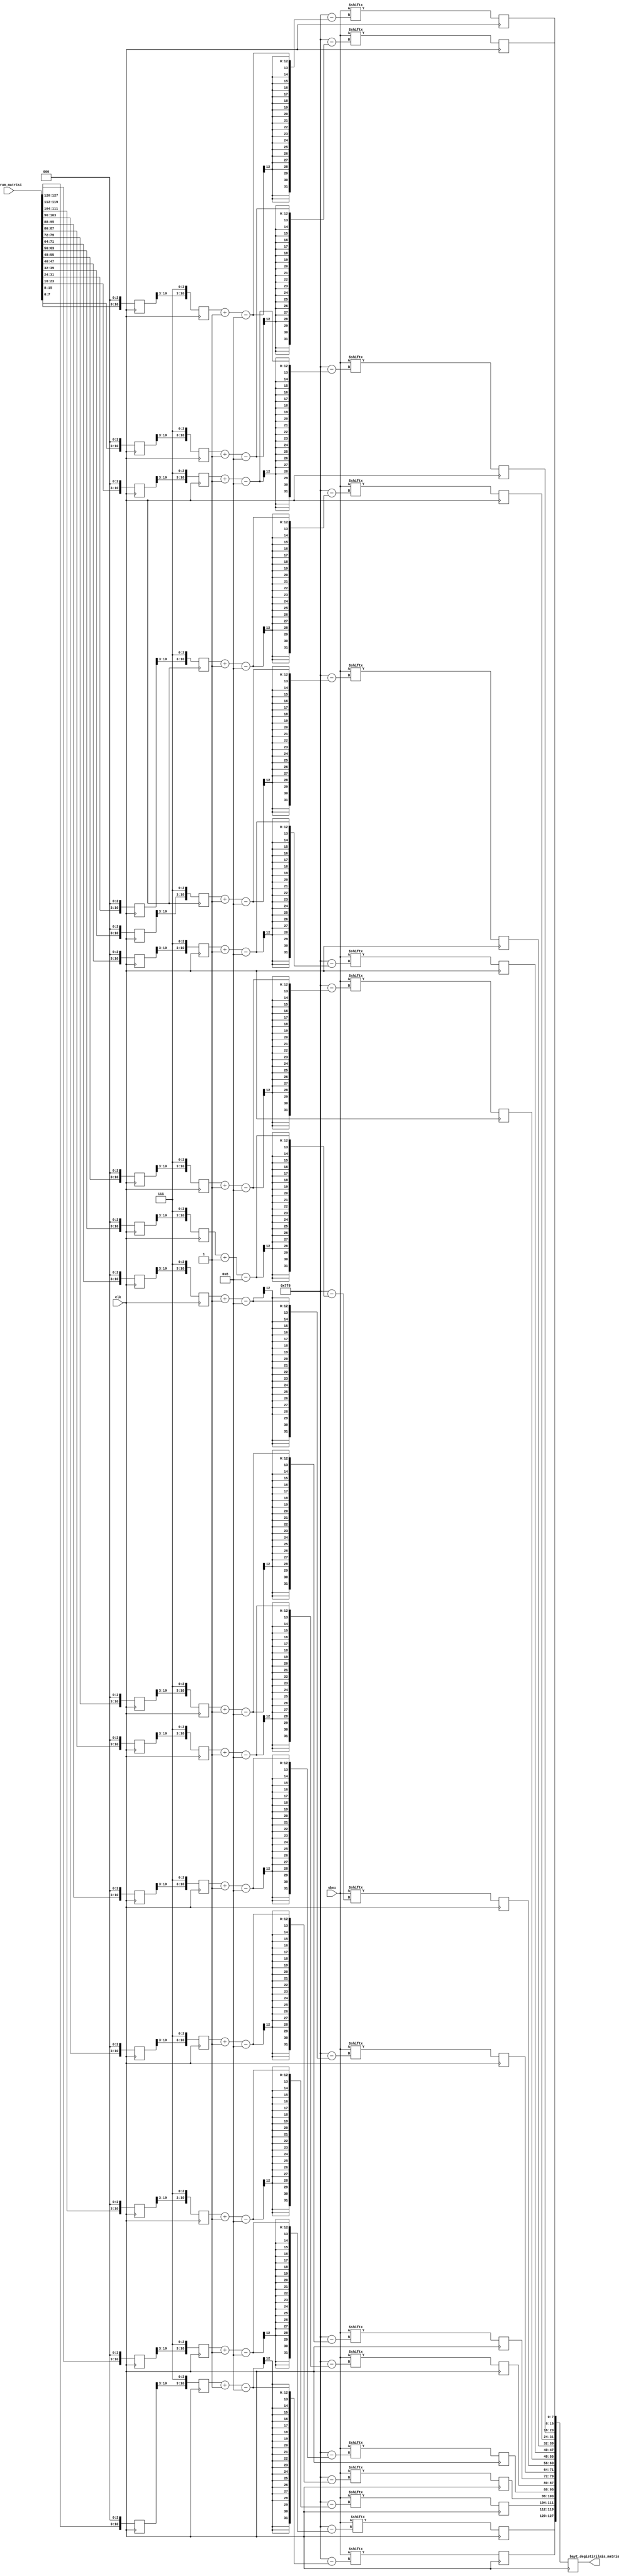
`timescale 1ns / 1ps

module bayt_degistirme(
    
    input clk,
    input [0:2047] sbox,
    input [127:0] durum_matrisi,
    output reg [127:0] bayt_degistirilmis_matris
    
    );

    reg [10:0] islem11 ;
    reg [10:0] islem12 ;
    reg [10:0] islem13 ;
    reg [10:0] islem14 ;
    reg [10:0] islem15 ;
    reg [10:0] islem16 ;
    reg [10:0] islem17 ;
    reg [10:0] islem18 ;
    reg [10:0] islem19 ;
    reg [10:0] islem110;
    reg [10:0] islem111;
    reg [10:0] islem112;
    reg [10:0] islem113;
    reg [10:0] islem114;
    reg [10:0] islem115;
    reg [10:0] islem116;

    reg [10:0] islem21 ;
    reg [10:0] islem22 ;
    reg [10:0] islem23 ;
    reg [10:0] islem24 ;
    reg [10:0] islem25 ;
    reg [10:0] islem26 ;
    reg [10:0] islem27 ;
    reg [10:0] islem28 ;
    reg [10:0] islem29 ;
    reg [10:0] islem210;
    reg [10:0] islem211;
    reg [10:0] islem212;
    reg [10:0] islem213;
    reg [10:0] islem214;
    reg [10:0] islem215;
    reg [10:0] islem216;

    reg [7:0] islem31 ;
    reg [7:0] islem32 ;
    reg [7:0] islem33 ;
    reg [7:0] islem34 ;
    reg [7:0] islem35 ;
    reg [7:0] islem36 ;
    reg [7:0] islem37 ;
    reg [7:0] islem38 ;
    reg [7:0] islem39 ;
    reg [7:0] islem310;
    reg [7:0] islem311;
    reg [7:0] islem312;
    reg [7:0] islem313;
    reg [7:0] islem314;
    reg [7:0] islem315;
    reg [7:0] islem316;
    
    always @(posedge clk) begin
    
    islem11  <= {durum_matrisi[127:120] ,3'b000};
    islem12  <= {durum_matrisi[119:112] ,3'b000};
    islem13  <= {durum_matrisi[111:104] ,3'b000};
    islem14  <= {durum_matrisi[103:96]  ,3'b000};
    islem15  <= {durum_matrisi[95 :88]  ,3'b000};
    islem16  <= {durum_matrisi[87 :80]  ,3'b000};
    islem17  <= {durum_matrisi[79 :72]  ,3'b000};
    islem18  <= {durum_matrisi[71 :64]  ,3'b000};
    islem19  <= {durum_matrisi[63 :56]  ,3'b000};
    islem110 <= {durum_matrisi[55 :48]  ,3'b000};
    islem111 <= {durum_matrisi[47 :40]  ,3'b000};
    islem112 <= {durum_matrisi[39 :32]  ,3'b000};
    islem113 <= {durum_matrisi[31 :24]  ,3'b000};
    islem114 <= {durum_matrisi[23 :16]  ,3'b000};
    islem115 <= {durum_matrisi[15 :8]   ,3'b000};
    islem116 <= {durum_matrisi[7  :0]   ,3'b000};

    islem21  <= {islem11 [10:3] ,3'b111};
    islem22  <= {islem12 [10:3] ,3'b111};
    islem23  <= {islem13 [10:3] ,3'b111};
    islem24  <= {islem14 [10:3] ,3'b111};
    islem25  <= {islem15 [10:3] ,3'b111};
    islem26  <= {islem16 [10:3] ,3'b111};
    islem27  <= {islem17 [10:3] ,3'b111};
    islem28  <= {islem18 [10:3] ,3'b111};
    islem29  <= {islem19 [10:3] ,3'b111};
    islem210 <= {islem110[10:3] ,3'b111};
    islem211 <= {islem111[10:3] ,3'b111};
    islem212 <= {islem112[10:3] ,3'b111};
    islem213 <= {islem113[10:3] ,3'b111};
    islem214 <= {islem114[10:3] ,3'b111};
    islem215 <= {islem115[10:3] ,3'b111};
    islem216 <= {islem116[10:3] ,3'b111};

    islem31  <= sbox [islem21 -:8];
    islem32  <= sbox [islem22 -:8];
    islem33  <= sbox [islem23 -:8];
    islem34  <= sbox [islem24 -:8];
    islem35  <= sbox [islem25 -:8];
    islem36  <= sbox [islem26 -:8];
    islem37  <= sbox [islem27 -:8];
    islem38  <= sbox [islem28 -:8];
    islem39  <= sbox [islem29 -:8];
    islem310 <= sbox [islem210-:8];
    islem311 <= sbox [islem211-:8];
    islem312 <= sbox [islem212-:8];
    islem313 <= sbox [islem213-:8];
    islem314 <= sbox [islem214-:8];
    islem315 <= sbox [islem215-:8];
    islem316 <= sbox [islem216-:8];
    
    bayt_degistirilmis_matris[127:120] <= islem31 ;
    bayt_degistirilmis_matris[119:112] <= islem32 ;
    bayt_degistirilmis_matris[111:104] <= islem33 ;
    bayt_degistirilmis_matris[103:96]  <= islem34 ;
    bayt_degistirilmis_matris[95:88]   <= islem35 ;
    bayt_degistirilmis_matris[87:80]   <= islem36 ;
    bayt_degistirilmis_matris[79:72]   <= islem37 ;
    bayt_degistirilmis_matris[71:64]   <= islem38 ;
    bayt_degistirilmis_matris[63:56]   <= islem39 ;
    bayt_degistirilmis_matris[55:48]   <= islem310;
    bayt_degistirilmis_matris[47:40]   <= islem311;
    bayt_degistirilmis_matris[39:32]   <= islem312;
    bayt_degistirilmis_matris[31:24]   <= islem313;
    bayt_degistirilmis_matris[23:16]   <= islem314;
    bayt_degistirilmis_matris[15:8]    <= islem315;
    bayt_degistirilmis_matris[7:0]     <= islem316;

    end

endmodule